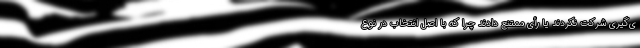
ی‌گیری شرکت نکردند یا رأی ممتنع دادند چرا که با اصل انتخاب در نوع